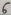
Text: 6